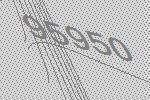
95950